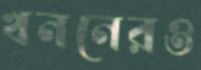
খননেরও